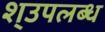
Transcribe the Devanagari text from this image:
श्उपलब्ध